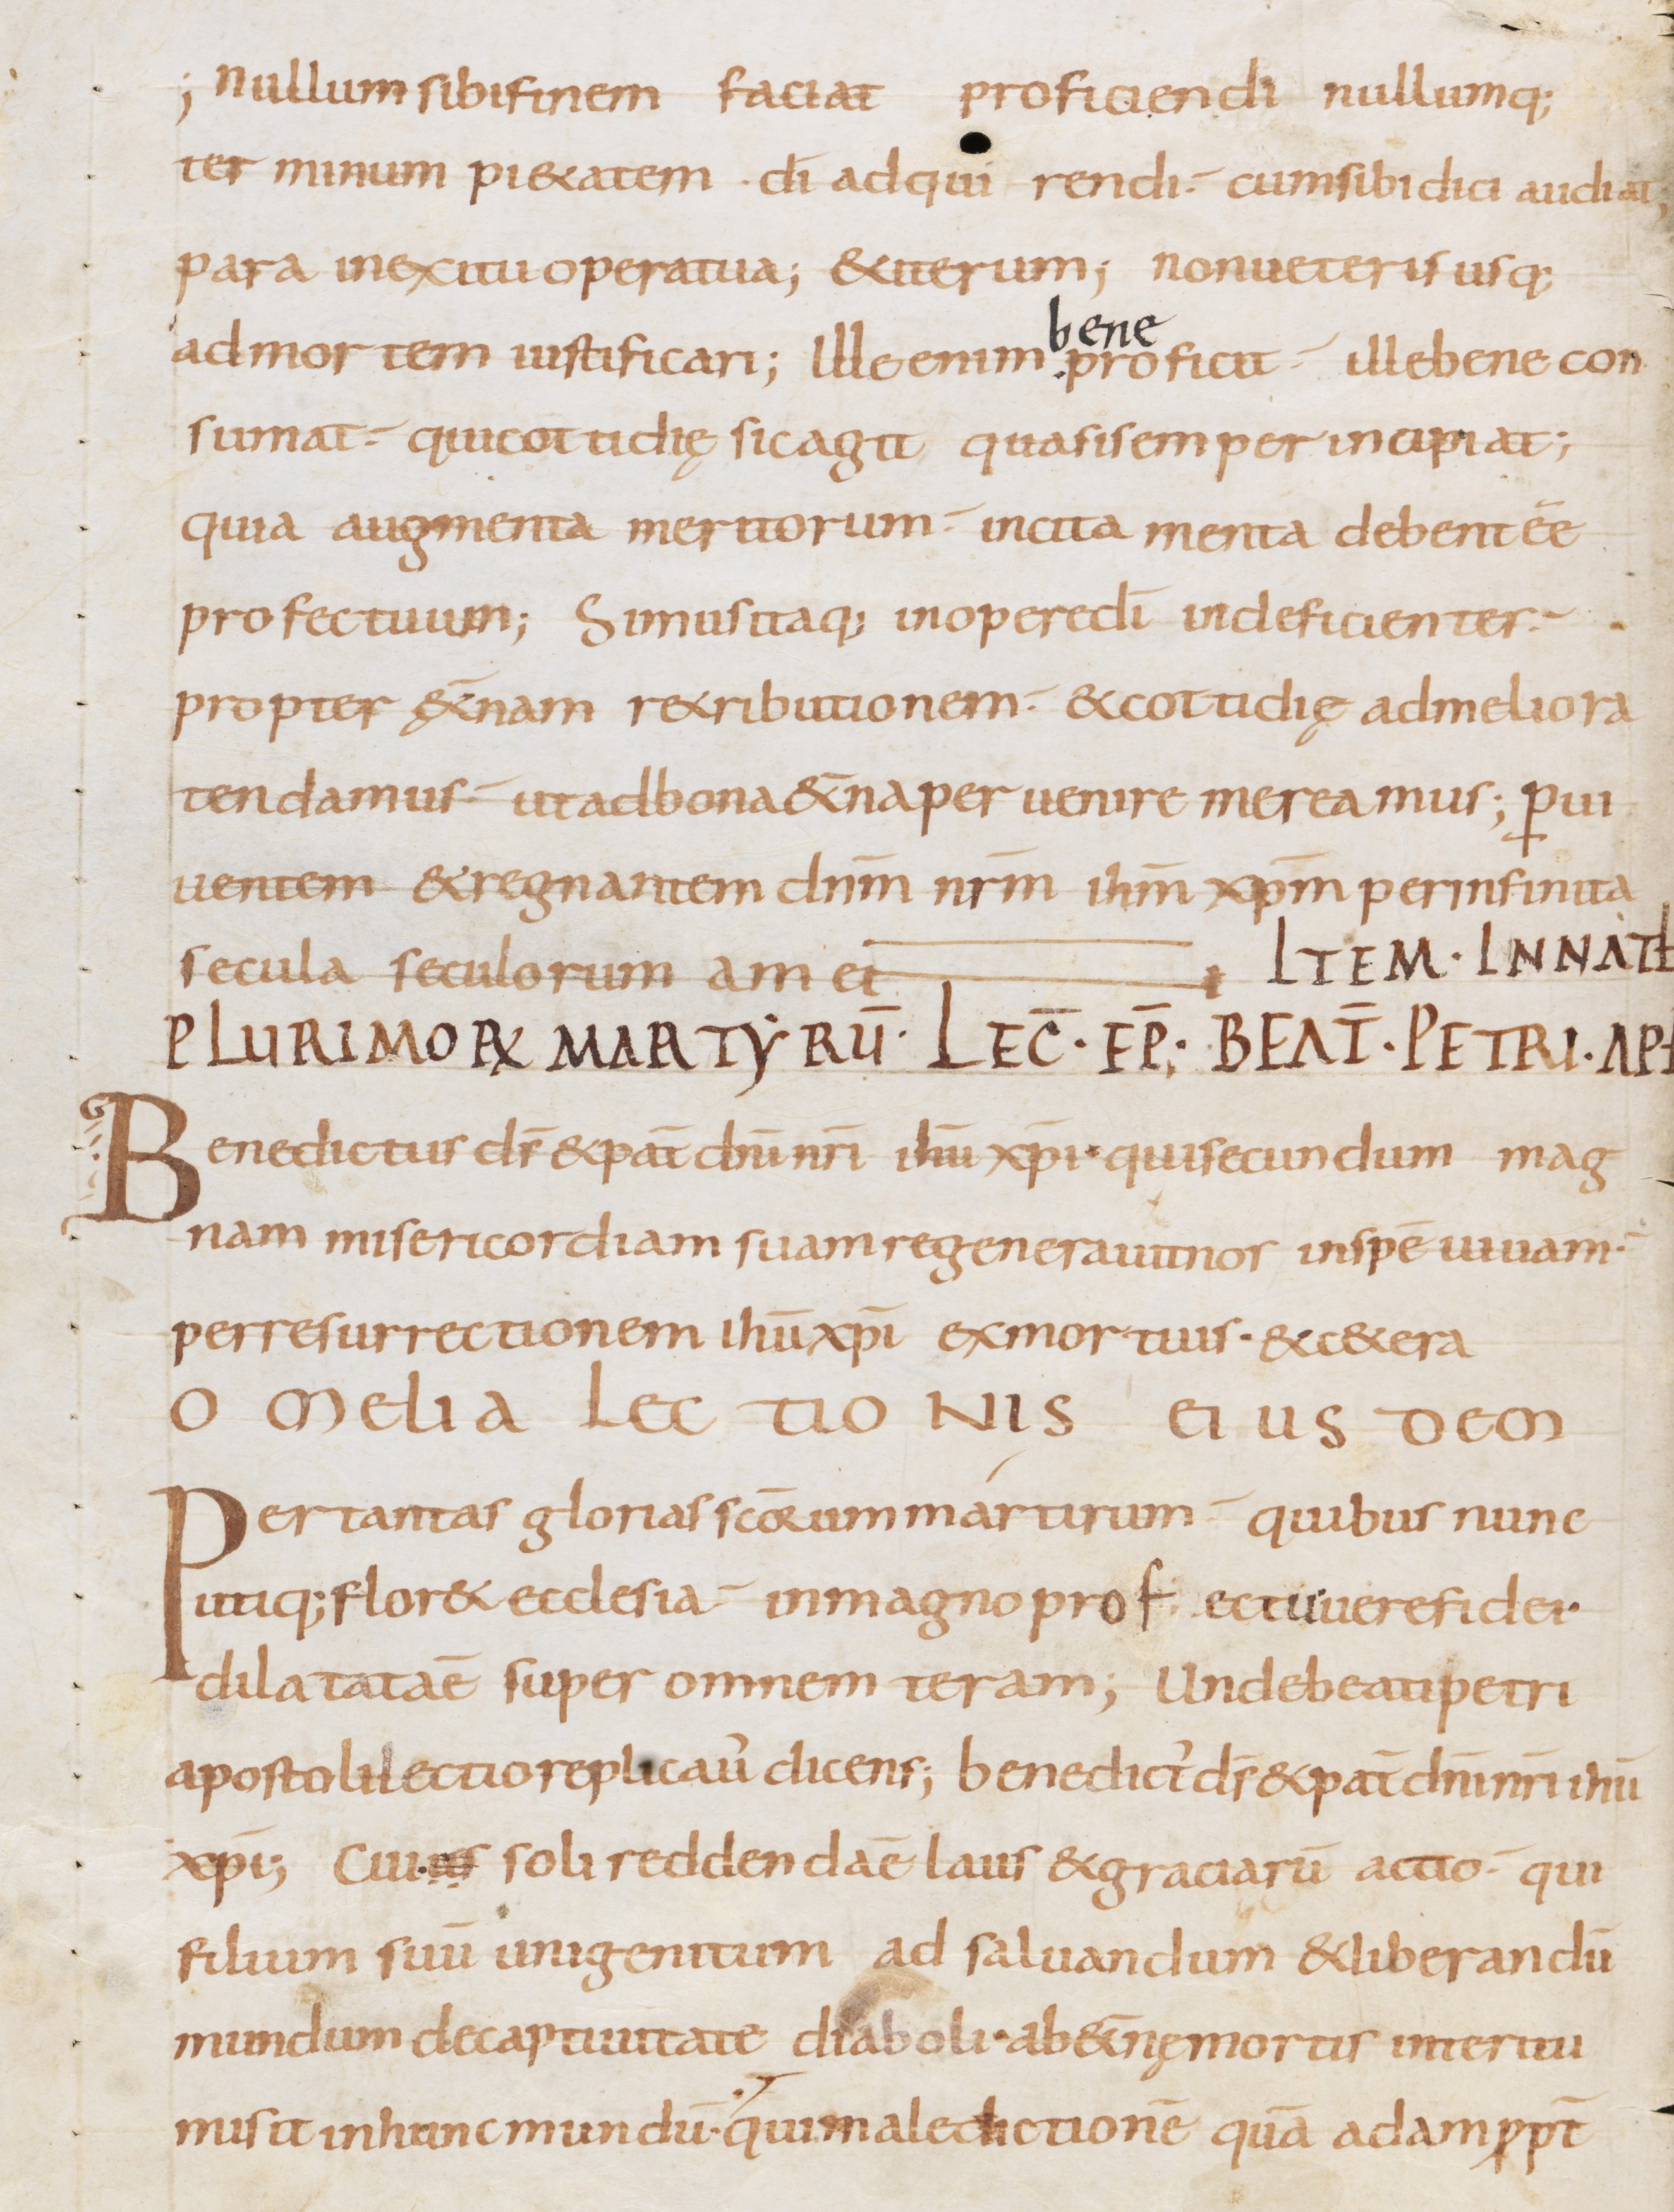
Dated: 800–899